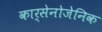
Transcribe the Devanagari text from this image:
कार्सेनोजेनिक